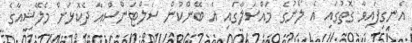
އެނގިފައިވާ ގޮތުގައި އެ ލޯނުގެ މައްސަލާގައި އެ ބޭންކުން ސަލްޓަންސްއާ ދެކޮޅަށް މެލޭޝިއާގެ